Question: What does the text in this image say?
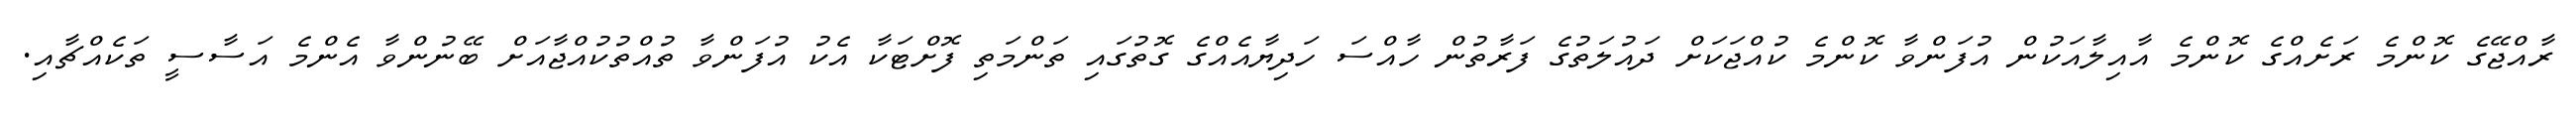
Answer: ރާއްޖޭގެ ކޮންމެ ރަށެއްގެ ކޮންމެ އާއިލާއަކުން އުފަންވާ ކޮންމެ ކުއްޖަކަށް ދައުލަތުގެ ފަރާތުން ހާއްސަ ހަދިޔާއެއްގެ ގޮތުގައި ތަންމަތި ފޮށްޓަކާ އެކު އުފަންވާ ތުއްތުކުއްޖާއަށް ބޭނުންވާ އެންމެ އަސާސީ ތަކެއްޗާއި.